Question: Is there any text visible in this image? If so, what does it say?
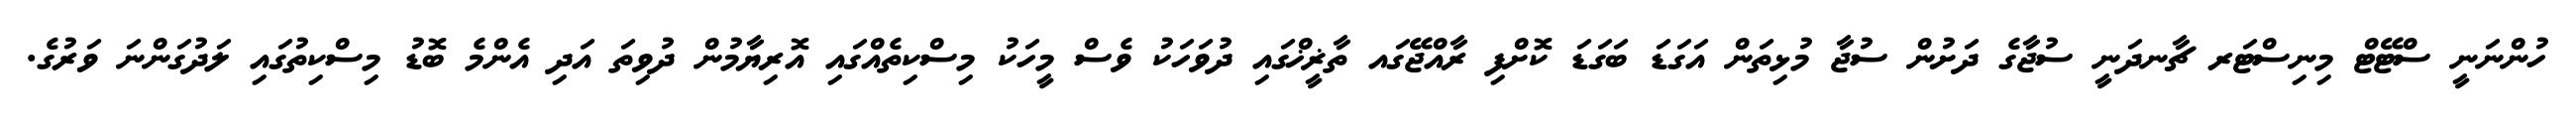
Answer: ހުންނަނީ ސްޓޭޓް މިނިސްޓަރ ޗާނދަނީ ސުޖާގެ ދަށުން ސުޖާ މުޅިތަން އަގަޑަ ބަގަޑަ ކޮށްފި ރާއްޖޭގައ ތާޜީޚްގައި ދުވަހަކު ވެސް މީހަކު މިސްކިތެއްގައި އޮރިޔާމުން ދުވިތަ އަދި އެންމެ ބޮޑު މިސްކިތުގައި ލަދުގަންނަ ވަރުގެ.